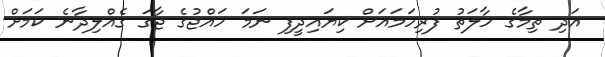
އަދި ތިމާގެ ހާލަތު ފުރިހަމައަށް ކިޔައިދީފި ނަމަ ހައްޖުގެ ޖާގަ ގެއްލިދާނެ ކަމަށް